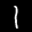
Label: 1